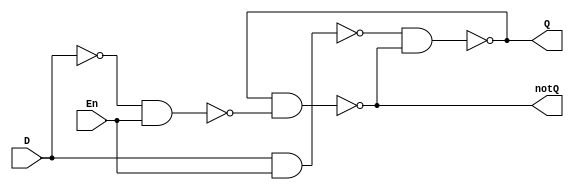
`timescale 1ns / 1ps

module d_latch(Q,notQ,D,En);
output wire Q,notQ;
input wire D,En;

wire Dnot,DnandEn,DnotNandEn;
not  #2 not0(Dnot,D); // invert D  ADD DELAY
nand  #2  nand0(DnandEn,D,En); // nand of D and clock
nand   #2 nand1(DnotNandEn,Dnot,En);
// ready for the actual latch now
nand   #2 nand3(notQ,Q,DnotNandEn);
nand   #2 nand2(Q,DnandEn,notQ);


endmodule